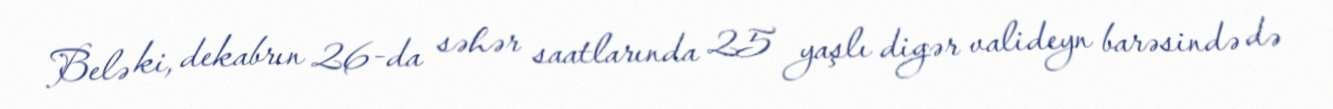
Belə ki, dekabrın 26-da səhər saatlarında 25 yaşlı digər valideyn barəsində də